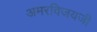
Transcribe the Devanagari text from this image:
अमरविजयजी